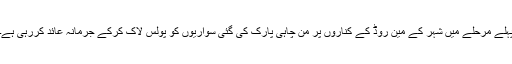
پہلے مرحلے میں شہر کے مین روڈ کے کناروں پر من چاہی پارک کی گئی سواریوں کو پولس لاک کرکے جرمانہ عائد کررہی ہے۔